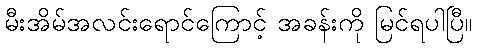
မီးအိမ်အလင်းရောင်ကြောင့် အခန်းကို မြင်ရပါပြီ။